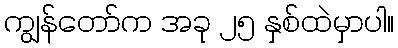
ကျွန်တော်က အခု ၂၅ နှစ်ထဲမှာပါ။